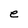
Character: e